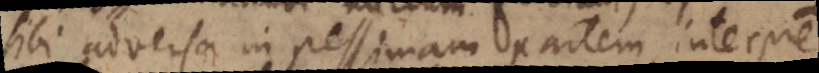
sibi adversa in pessimam partem interpretantur,